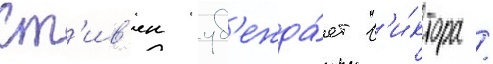
Ст'ив'ен уб'ежда́ет в'и́ктора /